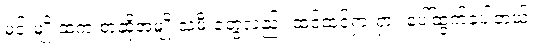
မင်းမျိုးထဲက စာဆိုအမျိုးသမီးတွေလည်း ထင်ထင်ရှားရှား ပေါ်ထွက်ခဲ့ပါတယ်။